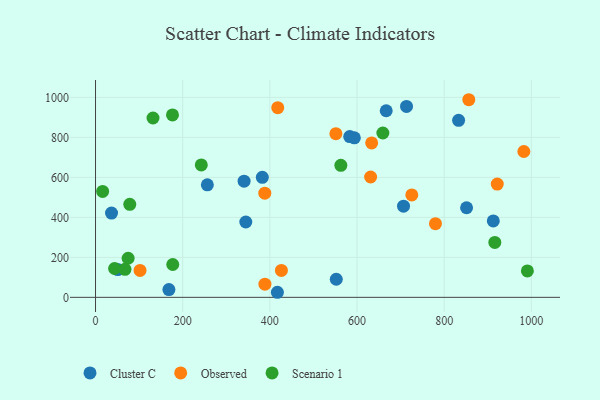
{"axis": {"x": "Speed", "y": "Salary"}, "legend": ["Cluster C", "Observed", "Scenario 1"], "data": [{"x": "552.4", "y": 90.5, "type": "Cluster C"}, {"x": "912.7", "y": 382.1, "type": "Cluster C"}, {"x": "583.3", "y": 803.9, "type": "Cluster C"}, {"x": "340.9", "y": 581.0, "type": "Cluster C"}, {"x": "706.7", "y": 455.8, "type": "Cluster C"}, {"x": "667.0", "y": 932.9, "type": "Cluster C"}, {"x": "593.9", "y": 797.4, "type": "Cluster C"}, {"x": "51.0", "y": 138.7, "type": "Cluster C"}, {"x": "713.6", "y": 954.7, "type": "Cluster C"}, {"x": "344.8", "y": 376.8, "type": "Cluster C"}, {"x": "417.3", "y": 25.3, "type": "Cluster C"}, {"x": "168.4", "y": 38.6, "type": "Cluster C"}, {"x": "382.7", "y": 600.2, "type": "Cluster C"}, {"x": "256.6", "y": 562.7, "type": "Cluster C"}, {"x": "36.7", "y": 421.5, "type": "Cluster C"}, {"x": "851.4", "y": 447.9, "type": "Cluster C"}, {"x": "833.1", "y": 885.1, "type": "Cluster C"}, {"x": "551.5", "y": 818.2, "type": "Observed"}, {"x": "982.8", "y": 729.2, "type": "Observed"}, {"x": "102.1", "y": 134.6, "type": "Observed"}, {"x": "921.8", "y": 566.3, "type": "Observed"}, {"x": "633.6", "y": 772.0, "type": "Observed"}, {"x": "426.5", "y": 134.7, "type": "Observed"}, {"x": "631.2", "y": 601.8, "type": "Observed"}, {"x": "388.7", "y": 65.8, "type": "Observed"}, {"x": "856.5", "y": 988.1, "type": "Observed"}, {"x": "780.0", "y": 368.1, "type": "Observed"}, {"x": "725.7", "y": 512.1, "type": "Observed"}, {"x": "418.1", "y": 948.1, "type": "Observed"}, {"x": "388.4", "y": 521.0, "type": "Observed"}, {"x": "131.9", "y": 896.6, "type": "Scenario 1"}, {"x": "242.7", "y": 662.0, "type": "Scenario 1"}, {"x": "78.6", "y": 465.1, "type": "Scenario 1"}, {"x": "659.3", "y": 821.7, "type": "Scenario 1"}, {"x": "562.9", "y": 660.2, "type": "Scenario 1"}, {"x": "176.6", "y": 912.3, "type": "Scenario 1"}, {"x": "74.8", "y": 195.5, "type": "Scenario 1"}, {"x": "16.3", "y": 529.8, "type": "Scenario 1"}, {"x": "43.7", "y": 144.2, "type": "Scenario 1"}, {"x": "177.2", "y": 164.3, "type": "Scenario 1"}, {"x": "990.9", "y": 132.0, "type": "Scenario 1"}, {"x": "916.2", "y": 274.8, "type": "Scenario 1"}, {"x": "67.6", "y": 139.9, "type": "Scenario 1"}]}